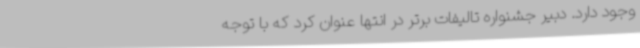
وجود دارد. دبیر جشنواره تالیفات برتر در انتها عنوان کرد که با توجه